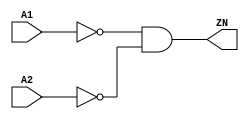
// Copyright 2022 GlobalFoundries PDK Authors
//
// Licensed under the Apache License, Version 2.0 (the "License");
// you may not use this file except in compliance with the License.
// You may obtain a copy of the License at
//
//      http://www.apache.org/licenses/LICENSE-2.0
//
// Unless required by applicable law or agreed to in writing, software
// distributed under the License is distributed on an "AS IS" BASIS,
// WITHOUT WARRANTIES OR CONDITIONS OF ANY KIND, either express or implied.
// See the License for the specific language governing permissions and
// limitations under the License.

module gf180mcu_fd_sc_mcu9t5v0__nor2_4( ZN, A2, A1 );
input A1, A2;
output ZN;

	wire A1_inv_for_gf180mcu_fd_sc_mcu9t5v0__nor2_4;

	not MGM_BG_0( A1_inv_for_gf180mcu_fd_sc_mcu9t5v0__nor2_4, A1 );

	wire A2_inv_for_gf180mcu_fd_sc_mcu9t5v0__nor2_4;

	not MGM_BG_1( A2_inv_for_gf180mcu_fd_sc_mcu9t5v0__nor2_4, A2 );

	and MGM_BG_2( ZN, A1_inv_for_gf180mcu_fd_sc_mcu9t5v0__nor2_4, A2_inv_for_gf180mcu_fd_sc_mcu9t5v0__nor2_4 );

endmodule